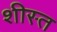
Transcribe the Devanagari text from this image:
शीस्त